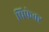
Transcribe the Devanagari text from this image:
प्रिफेक्ट